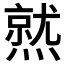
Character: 𤏅